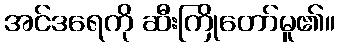
အင်ဒရေကို ဆီးကြိုတော်မူ၏။